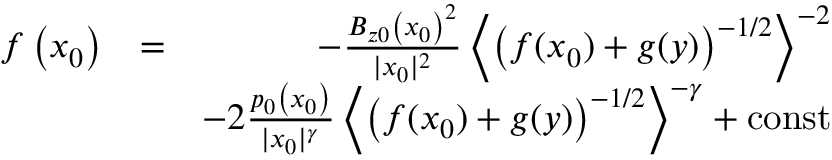
\begin{array} { r l r } { f \left( x _ { 0 } \right) } & { = } & { - \frac { B _ { z 0 } \left( x _ { 0 } \right) ^ { 2 } } { | x _ { 0 } | ^ { 2 } } \left\langle \left( f ( x _ { 0 } ) + g ( y ) \right) ^ { - 1 / 2 } \right\rangle ^ { - 2 } } \\ & { } & { - 2 \frac { p _ { 0 } \left( x _ { 0 } \right) } { | x _ { 0 } | ^ { \gamma } } \left\langle \left( f ( x _ { 0 } ) + g ( y ) \right) ^ { - 1 / 2 } \right\rangle ^ { - \gamma } + \mathrm { c o n s t } } \end{array}